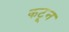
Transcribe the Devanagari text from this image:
कटून